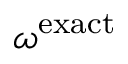
\omega ^ { \mathrm { e x a c t } }